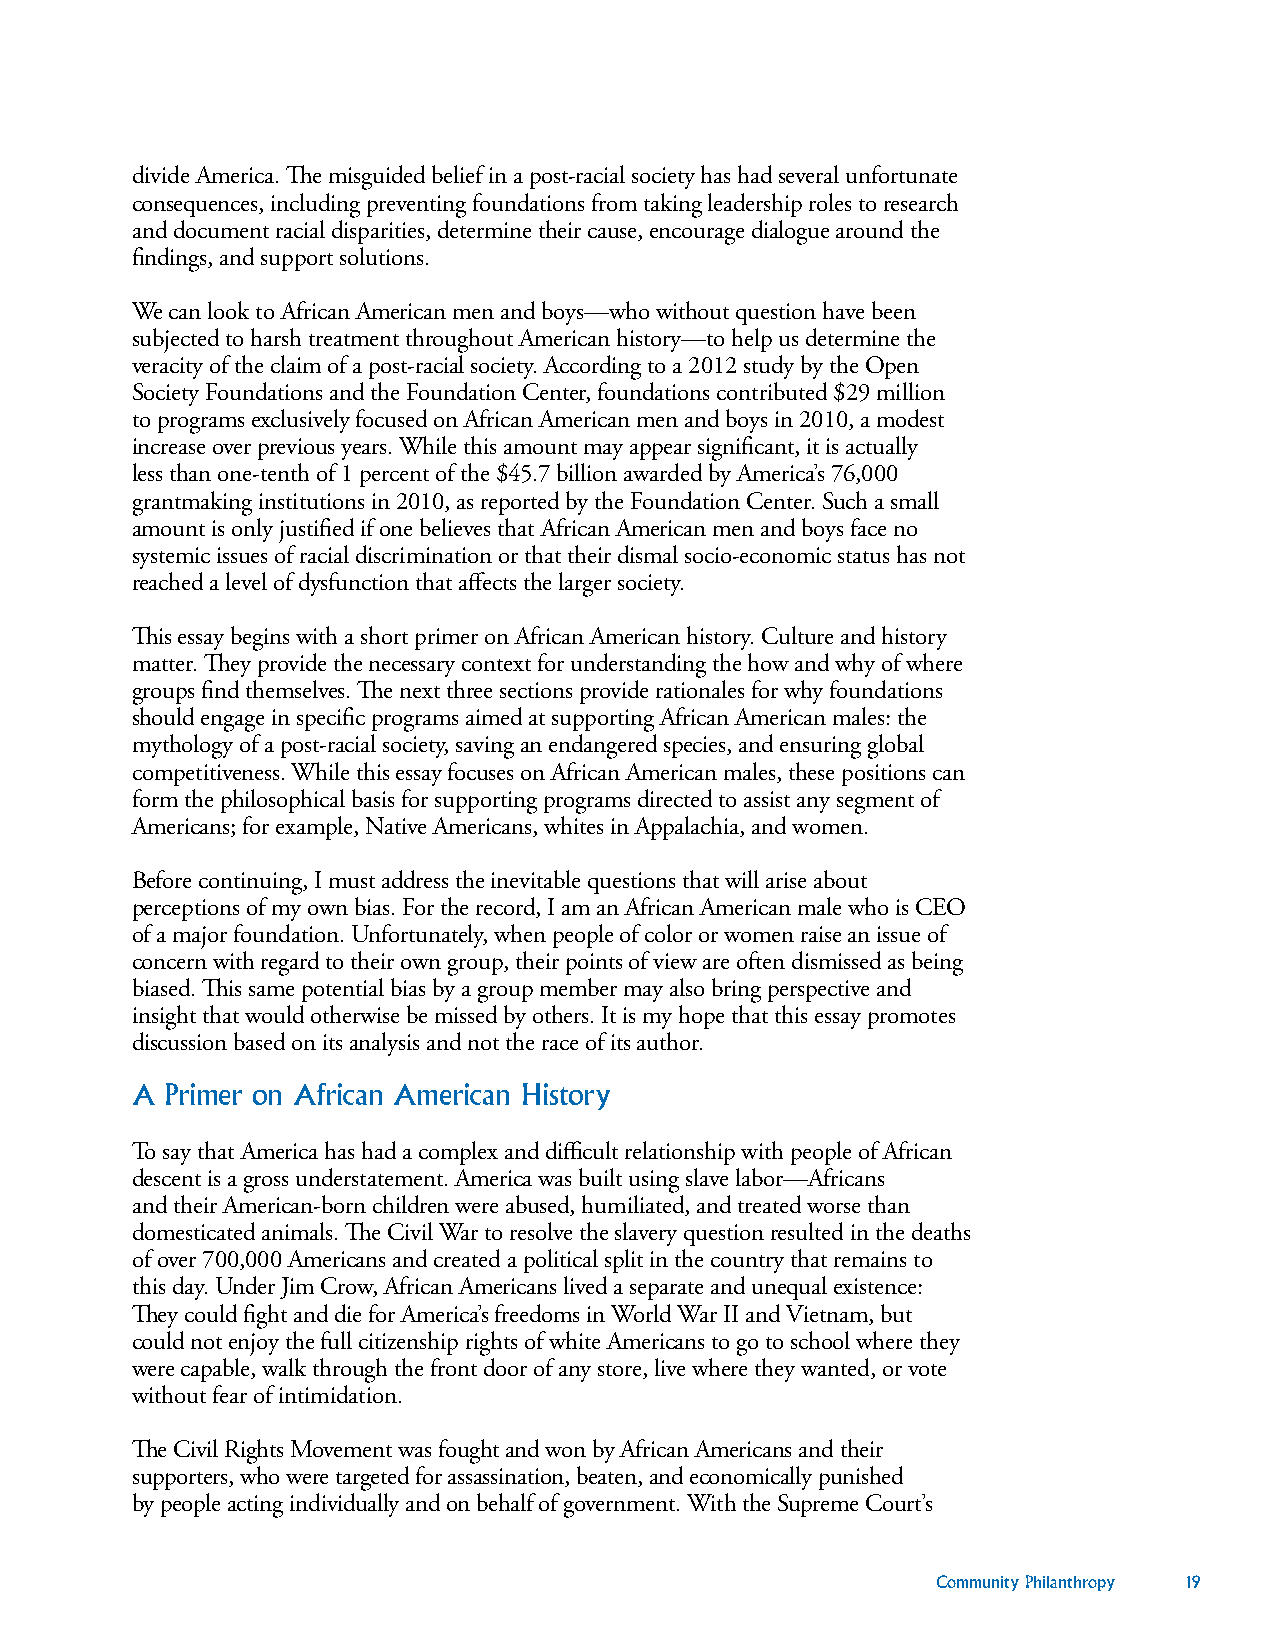
divide America. The misguided belief in a post-racial society has had several unfortunate
 consequences, including preventing foundations from taking leadership roles to research
 and document racial disparities, determine their cause, encourage dialogue around the
 findings, and support solutions.
 We can look to African American men and boys—who without question have been
 subjected to harsh treatment throughout American history—to help us determine the
 veracity of the claim of a post-racial society. According to a 2012 study by the Open
 Society Foundations and the Foundation Center, foundations contributed $29 million
 to programs exclusively focused on African American men and boys in 2010, a modest
 increase over previous years. While this amount may appear significant, it is actually
 less than one-tenth of 1 percent of the $45.7 billion awarded by America’s 76,000
 grantmaking institutions in 2010, as reported by the Foundation Center. Such a small
 amount is only justified if one believes that African American men and boys face no
 systemic issues of racial discrimination or that their dismal socio-economic status has not
 reached a level of dysfunction that affects the larger society.
 This essay begins with a short primer on African American history. Culture and history
 matter. They provide the necessary context for understanding the how and why of where
 groups find themselves. The next three sections provide rationales for why foundations
 should engage in specific programs aimed at supporting African American males: the
 mythology of a post-racial society, saving an endangered species, and ensuring global
 competitiveness. While this essay focuses on African American males, these positions can
 form the philosophical basis for supporting programs directed to assist any segment of
 Americans; for example, Native Americans, whites in Appalachia, and women.
 Before continuing, I must address the inevitable questions that will arise about
 perceptions of my own bias. For the record, I am an African American male who is CEO
 of a major foundation. Unfortunately, when people of color or women raise an issue of
 concern with regard to their own group, their points of view are often dismissed as being
 biased. This same potential bias by a group member may also bring perspective and
 insight that would otherwise be missed by others. It is my hope that this essay promotes
 discussion based on its analysis and not the race of its author.
 A Primer on African American History
 To say that America has had a complex and difficult relationship with people of African
 descent is a gross understatement. America was built using slave labor—Africans
 and their American-born children were abused, humiliated, and treated worse than
 domesticated animals. The Civil War to resolve the slavery question resulted in the deaths
 of over 700,000 Americans and created a political split in the country that remains to
 this day. Under Jim Crow, African Americans lived a separate and unequal existence:
 They could fight and die for America’s freedoms in World War II and Vietnam, but
 could not enjoy the full citizenship rights of white Americans to go to school where they
 were capable, walk through the front door of any store, live where they wanted, or vote
 without fear of intimidation.
 The Civil Rights Movement was fought and won by African Americans and their
 supporters, who were targeted for assassination, beaten, and economically punished
 by people acting individually and on behalf of government. With the Supreme Court’s
 Community Philanthropy 19